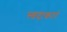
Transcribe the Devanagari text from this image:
त्त्वदाकारं